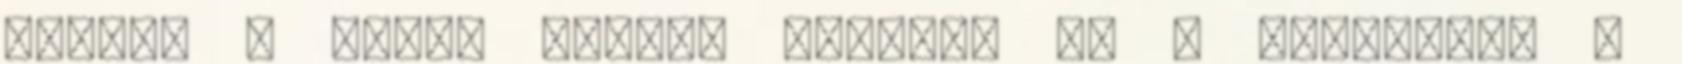
ezután a meleg sütőbe teszem, és a terrine-t a